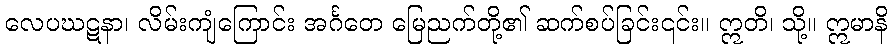
လေပဃဋနာ၊ လိမ်းကျံကြောင်း အင်္ဂတေ မြေညက်တို့၏ ဆက်စပ်ခြင်း၎င်း။ ဣတိ၊ သို့။ ဣမာနိ